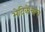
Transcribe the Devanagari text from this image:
भेदिकेचाच